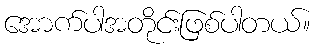
အောက်ပါအတိုင်းဖြစ်ပါတယ်။